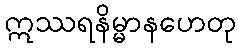
ဣဿရနိမ္မာနဟေတု